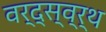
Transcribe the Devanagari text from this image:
वर्द्स्व्र्थ